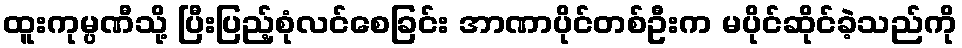
ထူးကုမ္ပဏီသို့ ပြီးပြည့်စုံလင်စေခြင်း အာဏာပိုင်တစ်ဦးက မပိုင်ဆိုင်ခဲ့သည်ကို